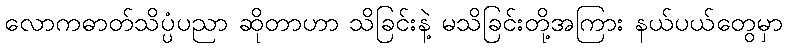
လောကဓာတ်သိပ္ပံပညာ ဆိုတာဟာ သိခြင်းနဲ့ မသိခြင်းတို့အကြား နယ်ပယ်တွေမှာ